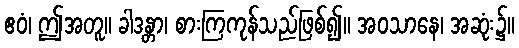
ဧဝံ၊ ဤအတူ။ ခါဒန္တာ၊ စားကြကုန်သည်ဖြစ်၍။ အဝသာနေ၊ အဆုံး၌။